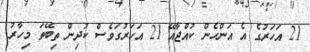
21 އަހަރުގެ އެ އަންހެން ކުއްޖާއޭ 21 އަހަރުގަވެސް ކުދިން ތިބޭތަ މިހާރު